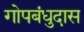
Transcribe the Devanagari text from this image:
गोपबंधुदास